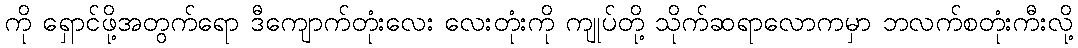
ကို ရှောင်ဖို့အတွက်ရော ဒီကျောက်တုံးလေး လေးတုံးကို ကျုပ်တို့ သိုက်ဆရာလောကမှာ ဘလက်စတုံးကီးလို့